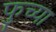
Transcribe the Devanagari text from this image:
फुच्या